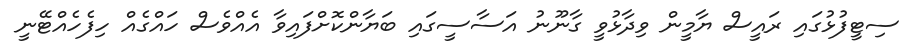
ސިޓީފުޅުގައި ރައީސް ޔާމީން ވިދާޅުވީ ގާނޫނު އަސާސީގައި ބަޔާންކޮށްފައިވާ އެއްވެސް ހައްގެއް ހިފެހެއްޓޭނީ